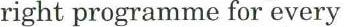
right programme for every